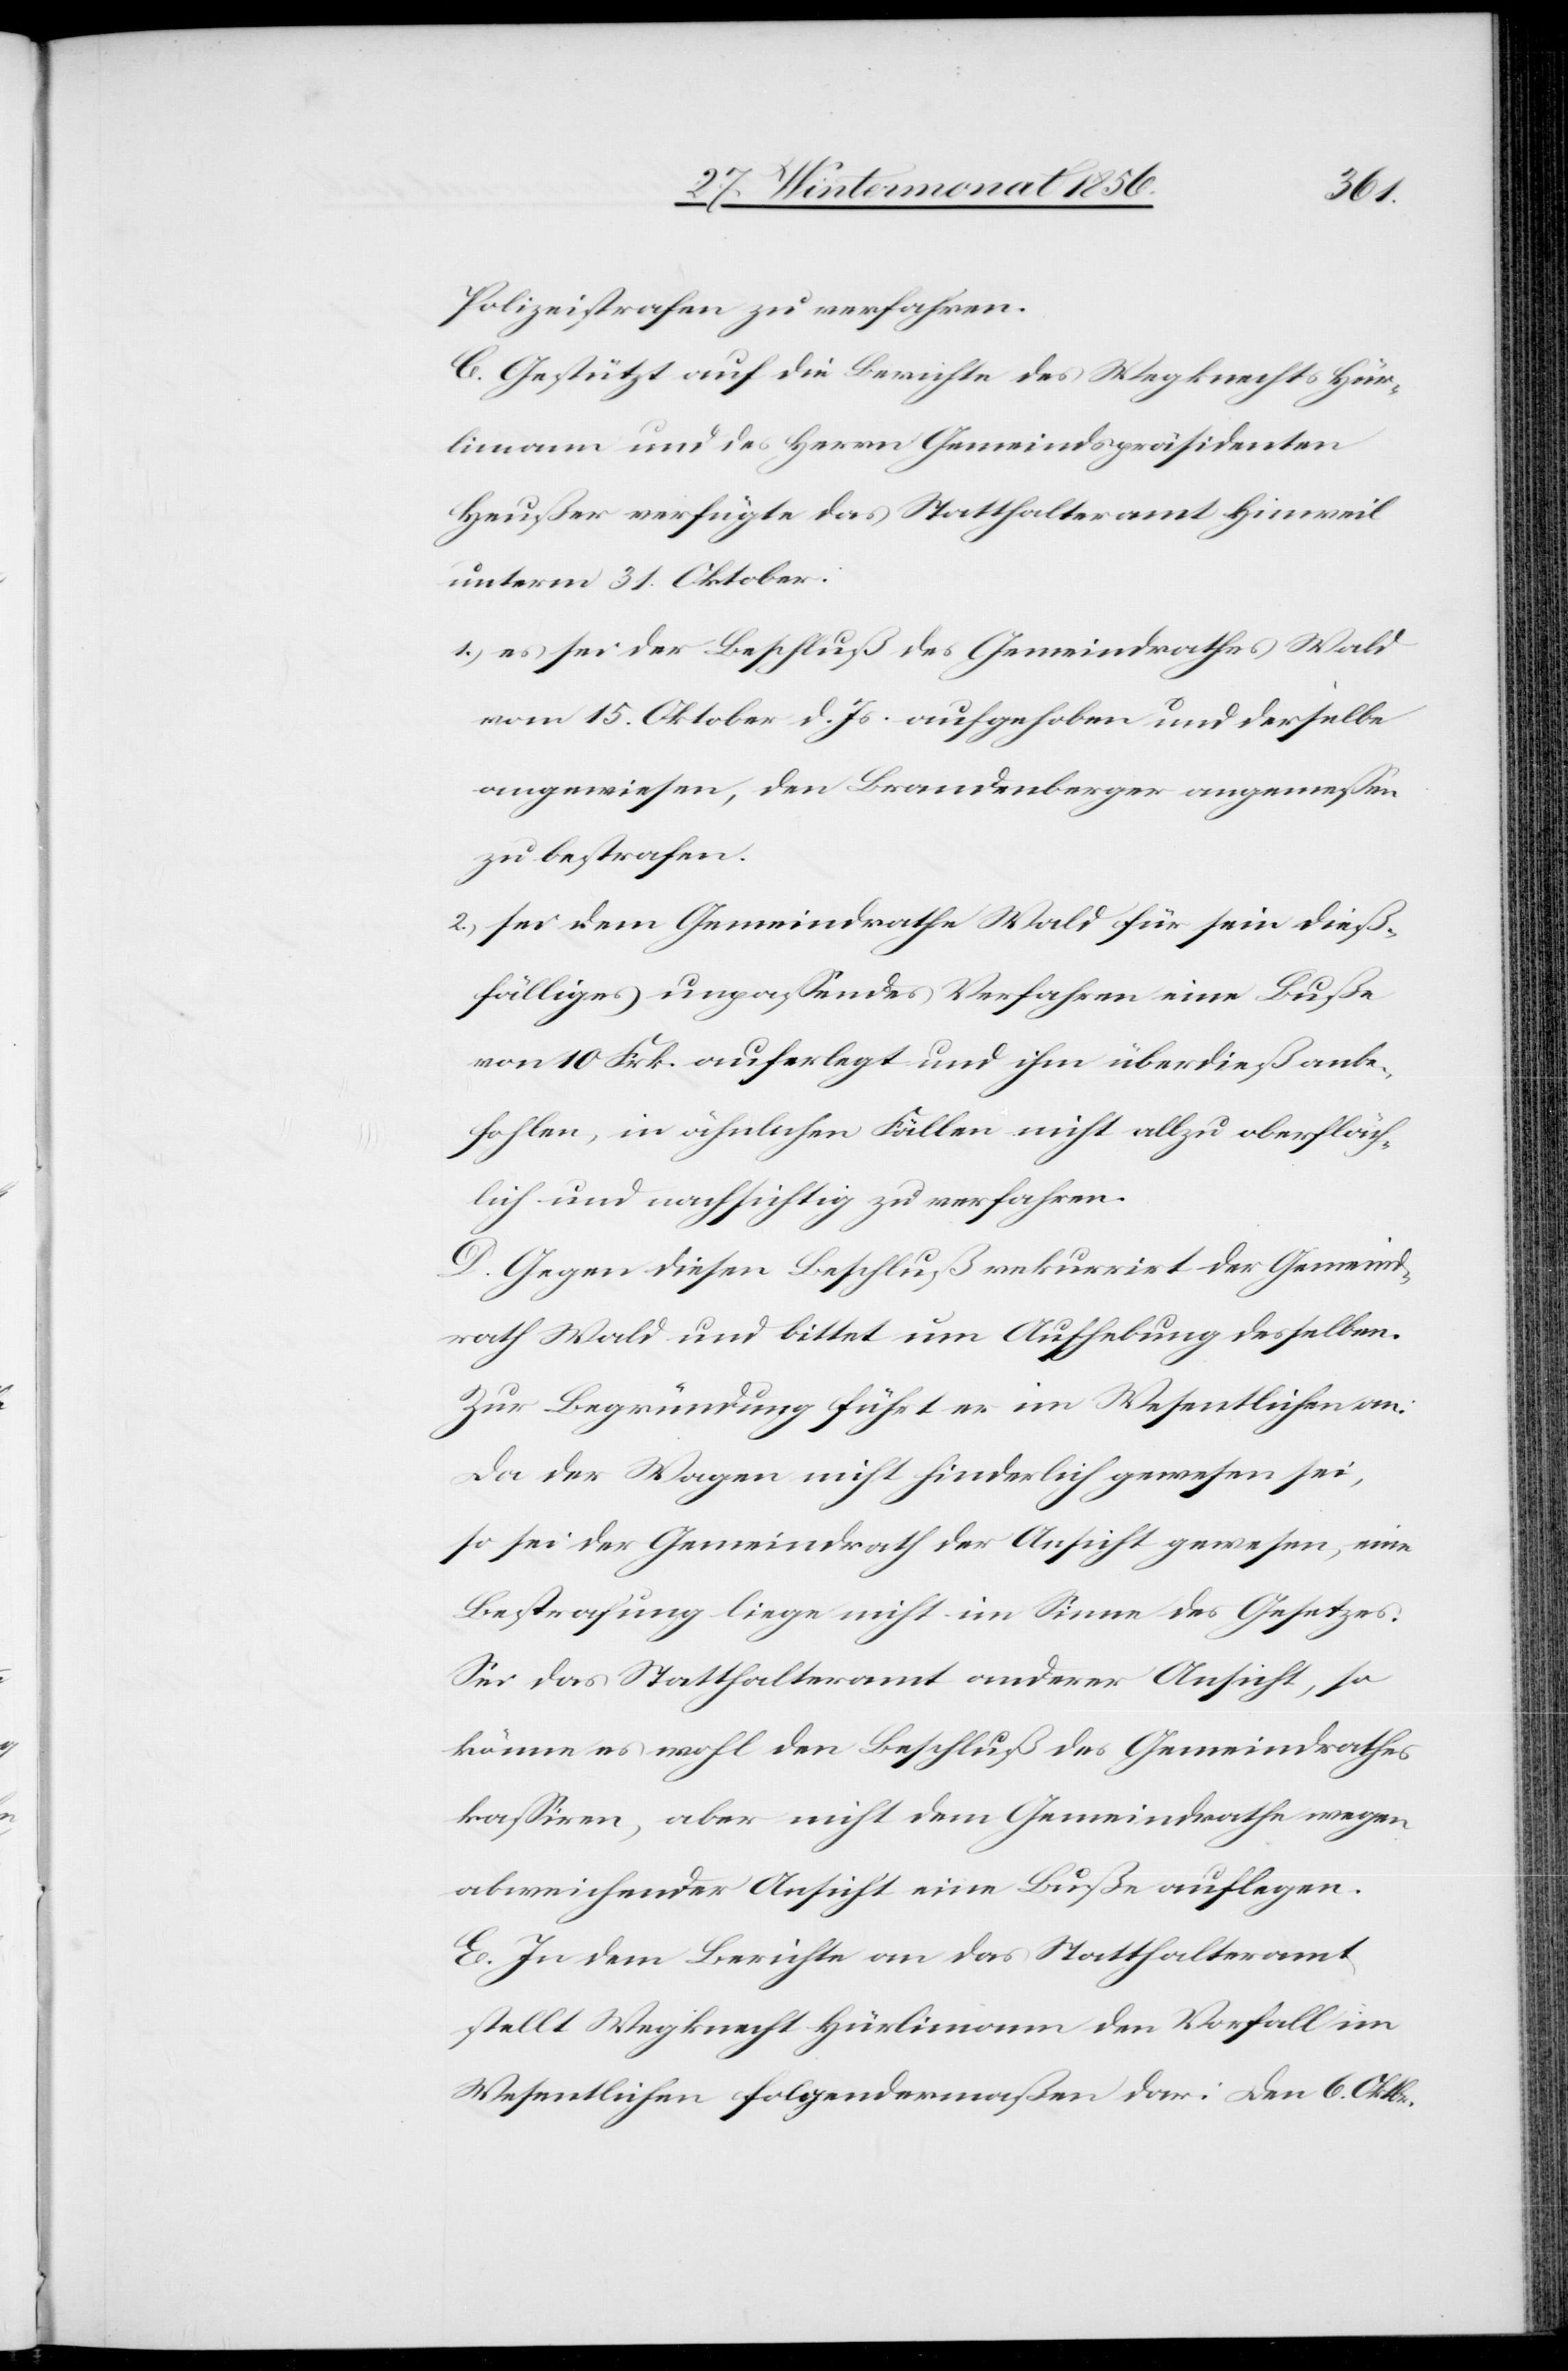
Polizeistrafen zu verfahren.
C. Gestützt auf die Berichte des Wegknechtes Hür¬
limann und des Herrn Gemeindspräsidenten
Heußer verfügte das Statthalteramt Hinweil
unterm 31. Oktober:
1.) es sei der Beschluß des Gemeindrathes Wald
vom 15. Oktober d. Js. aufgehoben und derselbe
angewiesen, den Brandenberger angemessen
zu bestrafen.
2.) sei dem Gemeindrathe Wald für sein dieß¬
fälliges unpassendes Verfahren eine Buße
von 10 Frk. auferlegt und ihm überdieß anbe¬
fohlen, in ähnlichen Fällen nicht allzu oberfläch¬
lich und nachsichtig zu verfahren.
D. Gegen diesen Beschluß rekurrirt der Gemeind¬
rath Wald und bittet um Aufhebung desselben.
Zur Begründung führt er im Wesentlichen an:
Da der Wagen nicht hinderlich gewesen sei,
so sei der Gemeindrath der Ansicht gewesen, eine
Bestrafung liege nicht im Sinne des Gesetzes.
Sei das Statthalteramt anderer Ansicht, so
könne es wohl den Beschluß des Gemeindrathes
kassiren, aber nicht dem Gemeindrathe wegen
abweichender Ansicht eine Buße auflegen.
E. In dem Berichte an das Statthalteramt
stellt Wegknecht Hürlimann den Vorfall im
Wesentlichen folgendermaßen dar: Den 6. Oktbr.